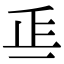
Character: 𣥋